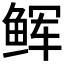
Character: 𩽼